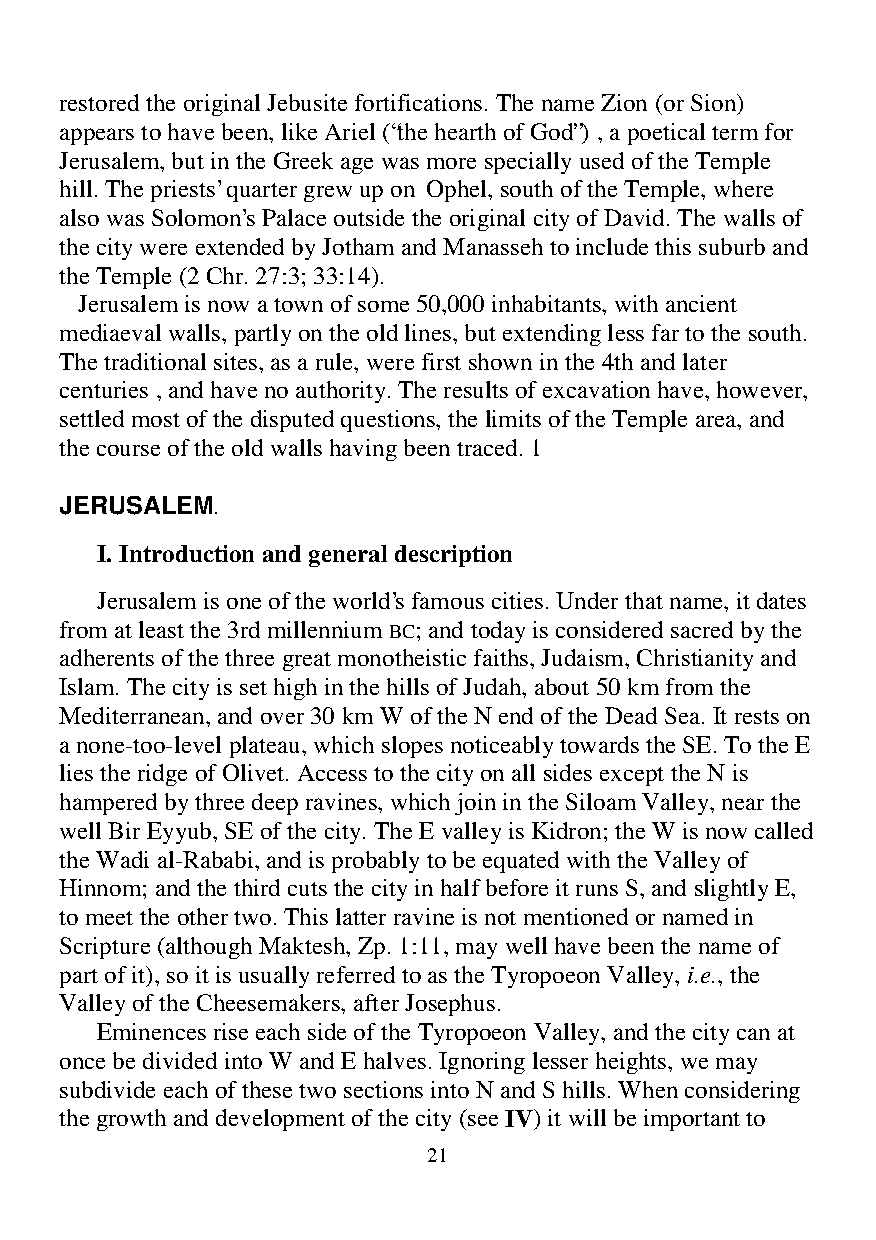
restored the original Jebusite fortifications. The name Zion (or Sion)
 appears to have been, like Ariel (“the hearth of God”) , a poetical term for
 Jerusalem, but in the Greek age was more specially used of the Temple
 hill. The priests’ quarter grew up on Ophel, south of the Temple, where
 also was Solomon’s Palace outside the original city of David. The walls of
 the city were extended by Jotham and Manasseh to include this suburb and
 the Temple (2 Chr. 27:3; 33:14).
 Jerusalem is now a town of some 50,000 inhabitants, with ancient
 mediaeval walls, partly on the old lines, but extending less far to the south.
 The traditional sites, as a rule, were first shown in the 4th and later
 centuries , and have no authority. The results of excavation have, however,
 settled most of the disputed questions, the limits of the Temple area, and
 the course of the old walls having been traced. 1
 JERUSALEM.
 I. Introduction and general description
 Jerusalem is one of the world’s famous cities. Under that name, it dates
 from at least the 3rd millennium BC; and today is considered sacred by the
 adherents of the three great monotheistic faiths, Judaism, Christianity and
 Islam. The city is set high in the hills of Judah, about 50 km from the
 Mediterranean, and over 30 km W of the N end of the Dead Sea. It rests on
 a none-too-level plateau, which slopes noticeably towards the SE. To the E
 lies the ridge of Olivet. Access to the city on all sides except the N is
 hampered by three deep ravines, which join in the Siloam Valley, near the
 well Bir Eyyub, SE of the city. The E valley is Kidron; the W is now called
 the Wadi al-Rababi, and is probably to be equated with the Valley of
 Hinnom; and the third cuts the city in half before it runs S, and slightly E,
 to meet the other two. This latter ravine is not mentioned or named in
 Scripture (although Maktesh, Zp. 1:11, may well have been the name of
 part of it), so it is usually referred to as the Tyropoeon Valley, i.e., the
 Valley of the Cheesemakers, after Josephus.
 Eminences rise each side of the Tyropoeon Valley, and the city can at
 once be divided into W and E halves. Ignoring lesser heights, we may
 subdivide each of these two sections into N and S hills. When considering
 the growth and development of the city (see IV) it will be important to
 21